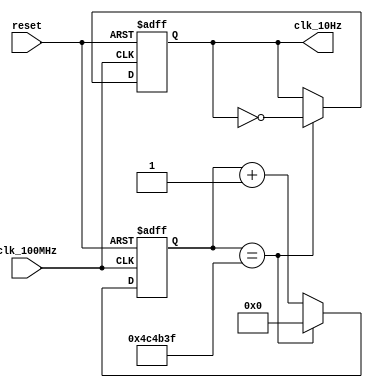
`timescale 1ns / 1ps
//////////////////////////////////////////////////////////////////////////////////
// Company: 
// Engineer: 
// 
// Design Name: 
// Module Name: tenHz_gen
// Project Name: 
// Target Devices: 
// Tool Versions: 
// Description: 
// 
// Dependencies: 
// 
// Revision:
// Revision 0.01 - File Created
// Additional Comments:
// 
//////////////////////////////////////////////////////////////////////////////////


module tenHz_gen(
    input clk_100MHz,
    input reset,
    output clk_10Hz
    );
    
    reg [22:0] ctr_reg = 0; // 23 bits to cover 5,000,000
    reg clk_out_reg = 0;
    
    always @(posedge clk_100MHz or posedge reset)
        if(reset) begin
            ctr_reg <= 0;
            clk_out_reg <= 0;
        end
        else
            if(ctr_reg == 4_999_999) begin  // 100MHz / 10Hz / 2 = 5,000,000
                ctr_reg <= 0;
                clk_out_reg <= ~clk_out_reg;
            end
            else
                ctr_reg <= ctr_reg + 1;
    
    assign clk_10Hz = clk_out_reg;
    
endmodule